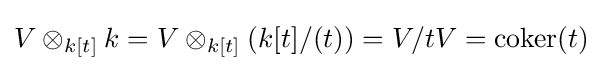
V\otimes _{k[t]}k=V\otimes _{k[t]}(k[t]/(t))=V/tV=\operatorname {coker} (t)